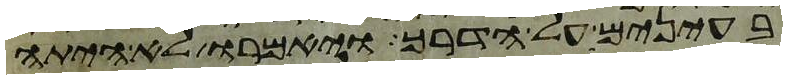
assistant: בעינים על הדרך ויאמרו לא היתה